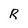
Character: R